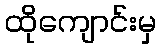
ထိုကျောင်းမှ